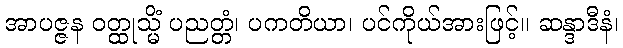
အာပဇ္ဇန ဝတ္ထုသ္မိံ ပညတ္တံ၊ ပကတိယာ၊ ပင်ကိုယ်အားဖြင့်။ ဆန္ဒာဒီနံ၊